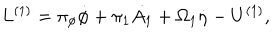
LaTeX: L ^ { ( 1 ) } = \pi _ { \phi } \dot { \phi } + \pi _ { 1 } \dot { A _ { 1 } } + \Omega _ { 1 } \dot { \eta } - U ^ { ( 1 ) } ,